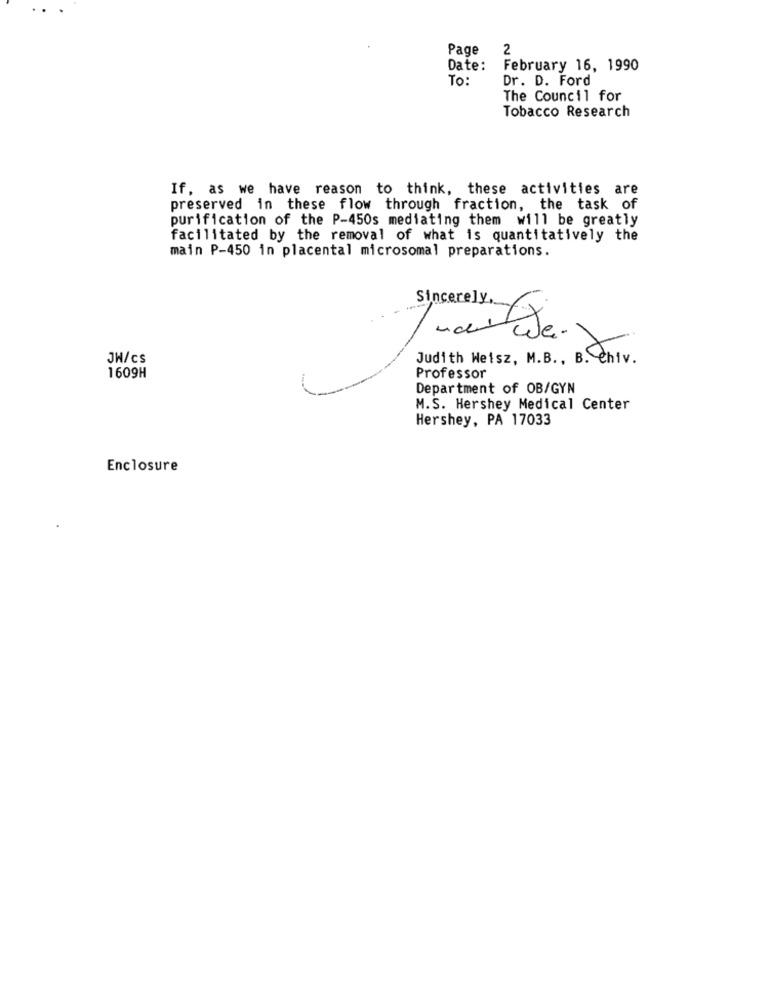
..
Page
2
Date:
February 16, 1990
To:
Dr. D. Ford
The Council for
Tobacco Research
If, as we have reason to think, these activities are
preserved in these flow through fraction, the task of
purification of the P-450s mediating them will be greatly
facilitated by the removal of what is quantitatively the
main P-450 in placental microsomal preparations.
Sincerely ...
JH/CS
Judith Weisz, M.B ., B. Chiv.
1609H
Professor
Department of OB/GYN
M.S. Hershey Medical Center
Hershey, PA 17033
Enclosure